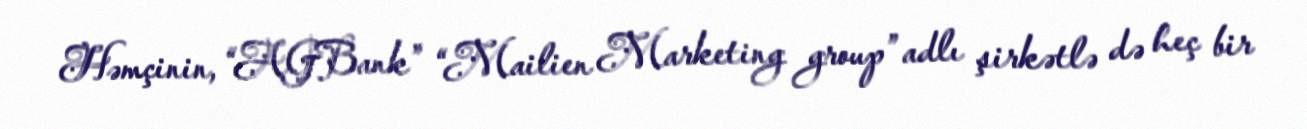
Həmçinin, “AGBank” “Mailien Marketing group” adlı şirkətlə də heç bir